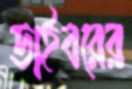
ডাইবরের